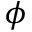
\phi